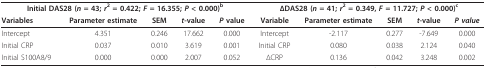
<table><thead><tr><td colspan="5"><b>Initial DAS28 (<i>n </i>= 43; <i>r</i><sup>2 </sup>= 0.422; <i>F </i>= 16.355; <i>P </i>&lt; 0.000)<sup>b</sup></b></td><td colspan="5"><b>ΔDAS28 (<i>n </i>= 41; <i>r</i><sup>2 </sup>= 0.349, <i>F </i>= 11.727; <i>P </i>&lt; 0.000)<sup>c</sup></b></td></tr><tr><td><b>Variables</b></td><td><b>Parameter estimate</b></td><td><b>SEM</b></td><td><b><i>t</i>-value</b></td><td><b><i>P </i>value</b></td><td><b>Variable</b></td><td><b>Parameter estimate</b></td><td><b>SEM</b></td><td><b><i>t</i>-value</b></td><td><b><i>P value</i></b></td></tr></thead><tbody><tr><td>Intercept</td><td>4.351</td><td>0.246</td><td>17.662</td><td>0.000</td><td>Intercept</td><td>-2.117</td><td>0.277</td><td>-7.649</td><td>0.000</td></tr><tr><td>Initial CRP</td><td>0.037</td><td>0.010</td><td>3.619</td><td>0.001</td><td>Initial CRP</td><td>0.080</td><td>0.038</td><td>2.124</td><td>0.040</td></tr><tr><td>Initial S100A8/9</td><td>0.000</td><td>0.000</td><td>2.007</td><td>0.052</td><td>ΔCRP</td><td>0.136</td><td>0.042</td><td>3.248</td><td>0.002</td></tr></tbody></table>